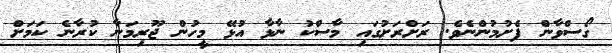
ގޯސްވާން ފެށުމުންނެވެ. ރަށްރަށުގައި މާސްކު ނާޅާ އުޅޭ މީހުން ޖޫރިމަނާ ކުރާނެ ކަމަށް